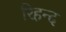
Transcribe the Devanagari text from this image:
रिहन्‍द